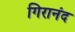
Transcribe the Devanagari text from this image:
गिरानंद